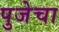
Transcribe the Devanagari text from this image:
पुजेचा